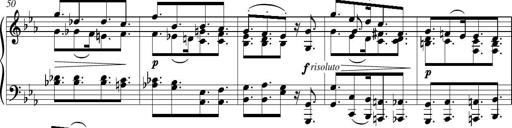
Title: Piano Sonatina in G major
Composer: Johan Peter Emilius Hartmann
Key: G major